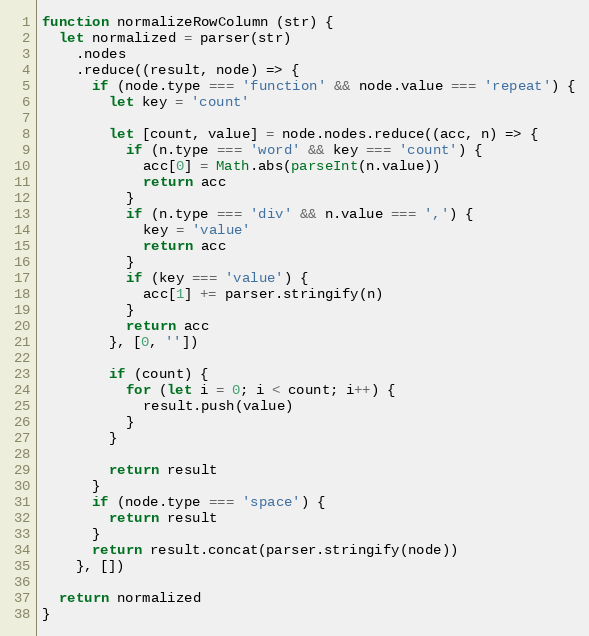
Language: JavaScript
function normalizeRowColumn (str) {
  let normalized = parser(str)
    .nodes
    .reduce((result, node) => {
      if (node.type === 'function' && node.value === 'repeat') {
        let key = 'count'

        let [count, value] = node.nodes.reduce((acc, n) => {
          if (n.type === 'word' && key === 'count') {
            acc[0] = Math.abs(parseInt(n.value))
            return acc
          }
          if (n.type === 'div' && n.value === ',') {
            key = 'value'
            return acc
          }
          if (key === 'value') {
            acc[1] += parser.stringify(n)
          }
          return acc
        }, [0, ''])

        if (count) {
          for (let i = 0; i < count; i++) {
            result.push(value)
          }
        }

        return result
      }
      if (node.type === 'space') {
        return result
      }
      return result.concat(parser.stringify(node))
    }, [])

  return normalized
}